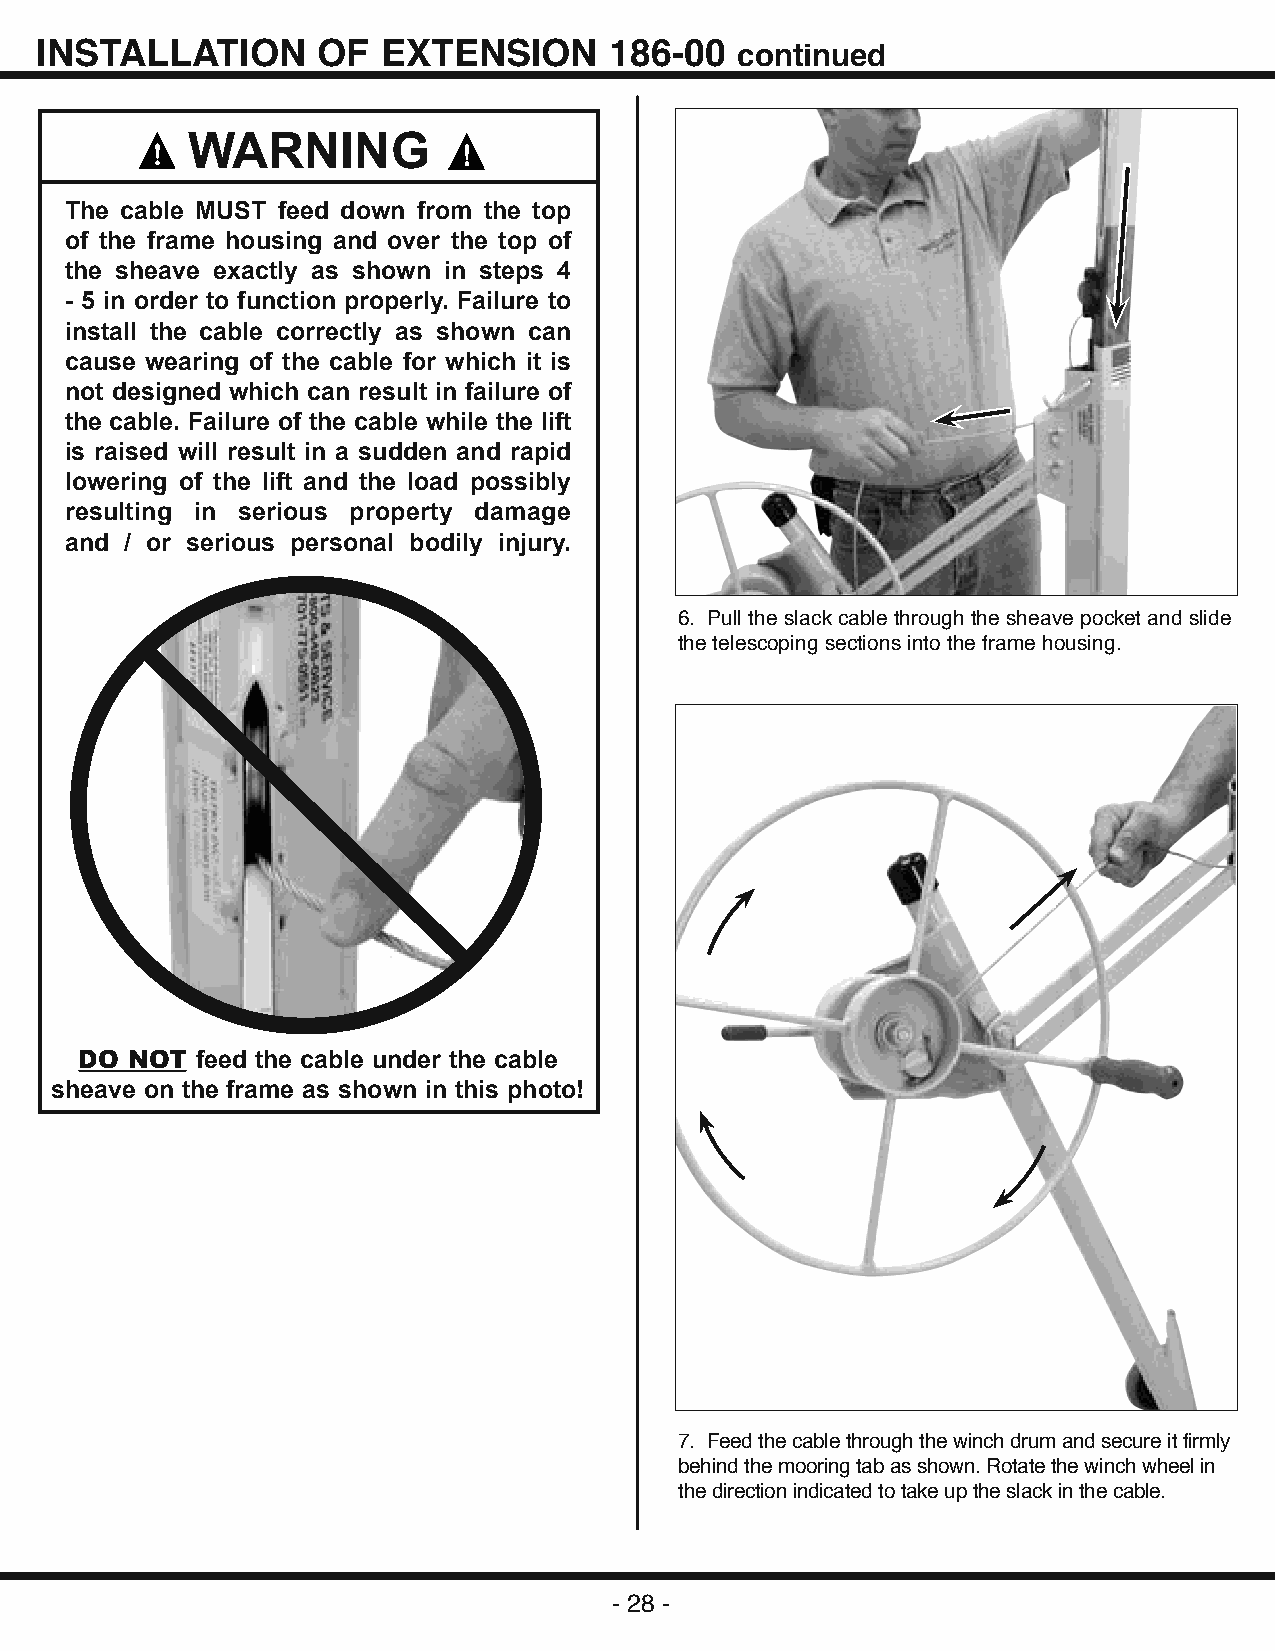
INSTALLATION       OF  EXTENSION      186-00   continued
 WARNING
 The cable MUST feed down from the top
 of the frame housing and over the top of
 the sheave exactly as shown in steps 4
 - 5 in order to function properly. Failure to
 install the cable correctly as shown can
 cause wearing of the cable for which it is
 not designed which can result in failure of
 the cable. Failure of the cable while the lift
 is raised will result in a sudden and rapid
 lowering of the lift and the load possibly
 resulting in serious property damage
 and / or serious personal bodily injury.
 6. Pull the slack cable through the sheave pocket and slide
 the telescoping sections into the frame housing.
 DO NOT  feed the cable under the cable
 sheave on the frame as shown in this photo!
 7. Feed the cable through the winch drum and secure it firmly
 behind the mooring tab as shown. Rotate the winch wheel in
 the direction indicated to take up the slack in the cable.
 - 28 -